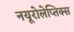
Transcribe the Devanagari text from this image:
नयूरोलेप्तिक्स